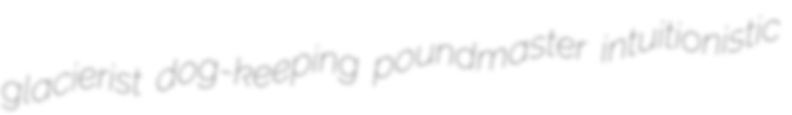
glacierist dog-keeping poundmaster intuitionistic